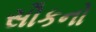
સૌકનો